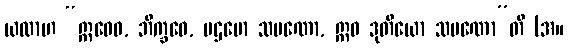
ယထာဟ “ဣဓေဝ, ဘိက္ခဝေ, ပဌမော သမဏော, ဣဓ ဒုတိယော သမဏော”တိ (အ။